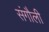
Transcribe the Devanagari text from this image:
संगौली